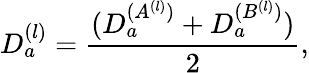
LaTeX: D_{a}^{(l)}={\frac{(D_{a}^{(A^{(l)})}+D_{a}^{(B^{(l)})})}{2}},